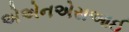
એએનએસઆઈ